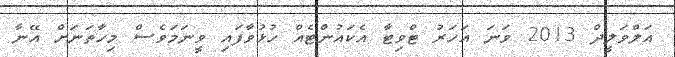
އަލްވަލީދް 2013 ވަނަ އަހަރު ޓްވިޓާ އެކައުންޓެއް ހުޅުވާފައި ވީނަމަވެސް މިހާތަނަށް އޭނާ